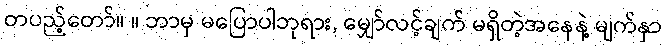
တပည့်တော်။ ။ ဘာမှ မပြောပါဘုရား, မျှော်လင့်ချက် မရှိတဲ့အနေနဲ့ မျက်နှာ